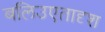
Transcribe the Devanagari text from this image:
बलिउएतादृश